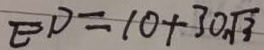
E D = 1 0 + 3 0 \sqrt { 3 }